Vaccination report Assam 1896-1927 - 1896-1927
Year: 1896
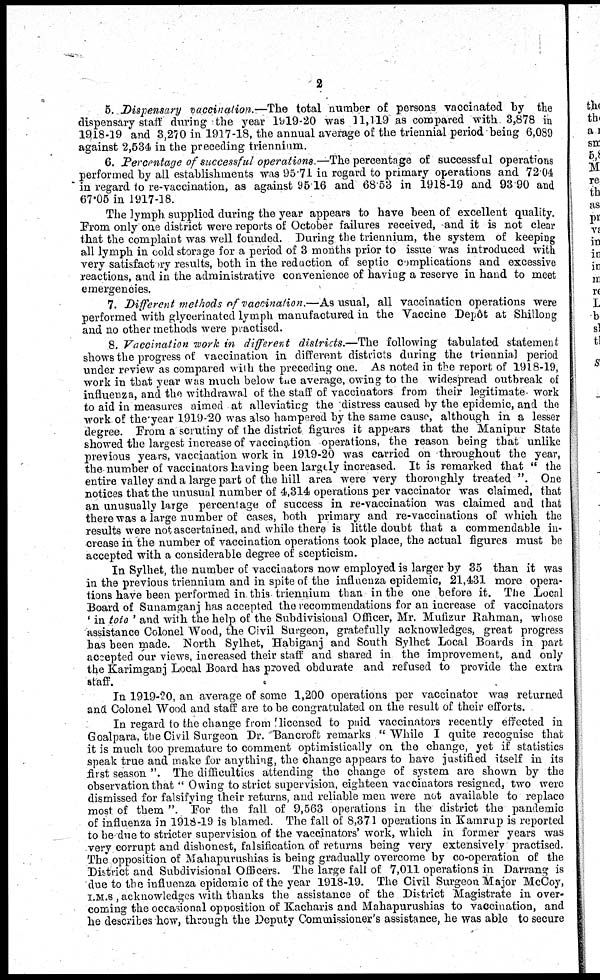
2
5. Dispensary vaccination.—The total number of persons vaccinated by the
dispensary staff during the year 1919-20 was 11,119 as compared with 3,878 in
1918-19 and 3,270 in 1917-18, the annual average of the triennial period being 6,089
against 2,534 in the preceding triennium.
6. Percentage of successful operations.—T.e percentage of successful operations
performed by all establishments was 95.71 in regard to primary operations and 72.04
in regard to re-vaccination, as against 95.16 and 68.53 in 1918-19 and 93 90 and
67.05 in 1917-18.
The lymph supplied during the year appears to have been of excellent quality.
From only one district were reports of October failures received, and it is not clear
that the complaint was well founded. During the triennium, the system of keeping
all lymph in cold storage for a period of 3 months prior to issue was introduced with
very satisfactory results, both in the reduction of septic complications and excessive
reactions, and in the administrative convenience of having a reserve in hand to meet
emergencies.
7. Different methods of vaccination.—As usual, all vaccination operations were
performed with glycerinated lymph manufactured in the Vaccine Depôt at Shillong
and no other methods were practised.
8. Vaccination work in different districts.—The following tabulated statement
shows the progress of vaccination in different districts during the triennial period
under review as compared with the preceding one. As noted in the report of 1918-19,
work in that year was much below the average, owing to the widespread outbreak of
influenza, and the withdrawal of the staff of vaccinators from their legitimate work
to aid in measures aimed at alleviating the distress caused by the epidemic, and the
work of the year 1919-20 was also hampered by the same cause, although in a lesser
degree. From a scrutiny of the district figures it appears that the Manipur State
showed the largest increase of vaccination operations, the reason being that unlike
previous years, vaccination work in 1919-20 was carried on throughout the year,
the number of vaccinators having been largely increased. It is remarked that " the
entire valley and a large part of the hill area were very thoroughly treated ". One
notices that the unusual number of 4,314 operations per vaccinator was claimed, that
an unusually large percentage of success in re-vaccination was claimed and that
there was a large number of cases, both primary and re-vaccinations of which the
results were not ascertained, and while there is little doubt that a commendable in-
crease in the number of vaccination operations took place, the actual figures must be
accepted with a considerable degree of scepticism.
In Sylhet, the number of vaccinators now employed is larger by 35 than it was
in the previous triennium and in spite of the influenza epidemic, 21,431 more opera-
tions have been performed in this triennium than in the one before it. The Local
Board of Sunamganj has accepted the recommendations for an increase of vaccinators
' in tota ' and with the help of the Subdivisional Officer, Mr. Mufizur Rahman, whose
assistance Colonel Wood, the Civil Surgeon, gratefully acknowledges, great progress
has been made. North Sylhet, Habiganj and South Sylhet Local Boards in part
accepted our views, increased their staff and shared in the improvement, and only
the Karimganj Local Board has proved obdurate and refused to provide the extra
staff.
In 1919-20, an average of some 1,200 operations per vaccinator was returned
and Colonel Wood and staff are to be congratulated on the result of their efforts.
In regard to the change from licensed to paid vaccinators recently effected in
Goalpara, the Civil Surgeon Dr. Bancroft remarks " While I quite recognise that
it is much too premature to comment optimistically on the change, yet if statistics
speak true and make for anything, the change appears to have justified itself in its
first season ". The difficulties attending the change of system are shown by the
observation that " Owing to strict supervision, eighteen vaccinators resigned, two were
dismissed for falsifying their returns, and reliable men were not available to replace
most of them ". For the fall of 9,563 operations in the district the pandemic
of influenza in 1918-19 is blamed. The fall of 8,371 operations in Kamrup is reported
to be due to stricter supervision of the vaccinators' work, which in former years was
very corrupt and dishonest, falsification of returns being very extensively practised.
The opposition of Mahapurushias is being gradually overcome by co-operation of the
District and Subdivisional Officers. The large fall of 7,011 operations in Darrang is
due to the influenza epidemic of the year 1918-19. The Civil Surgeon Major McCoy,
I.M.S , acknowledges with thanks the assistance of the District Magistrate in over-
coming the occasional opposition of Kacharis and Mahapurushias to vaccination, and
he describes how, through the Deputy Commissioner's assistance, he was able to secure